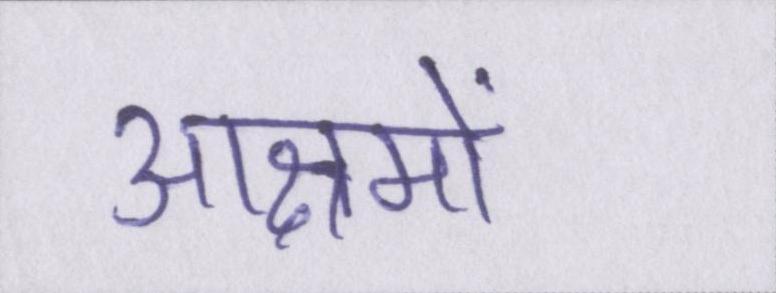
आश्रमों